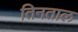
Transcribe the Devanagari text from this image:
तिनताल